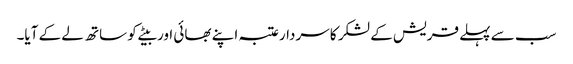
سب سے پہلے قریش کے لشکر کا سردارعتبہ اپنے بھائی اور بیٹے کو ساتھ لے کے آیا۔